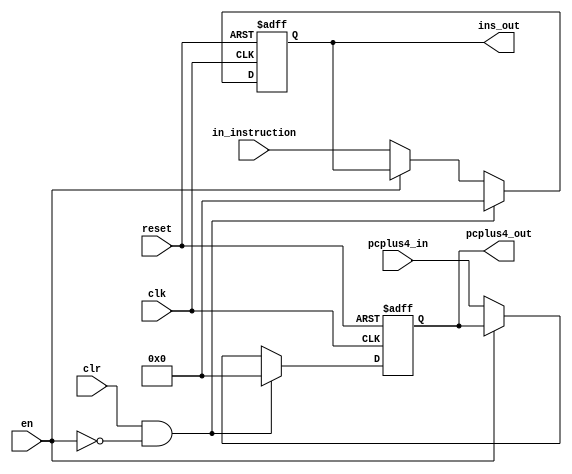
module Decode_Pipe_Reg
#(parameter ins_width=32)
(input clk,
input en,
input reset ,
input clr,
input [ins_width-1:0] in_instruction ,
input [ins_width-1:0] pcplus4_in,
output  reg [ins_width-1:0] ins_out,
output  reg [ins_width-1:0] pcplus4_out 
);
always @ (posedge clk, negedge reset ) begin
    if (!reset)begin
    ins_out<={ins_width{1'b0}};
    pcplus4_out<={ins_width{1'b0}};
    end
else if ((clr==1'b1)&&!en)begin
 ins_out<={ins_width{1'b0}};
 pcplus4_out<={ins_width{1'b0}};
end
else if (!en)begin
ins_out<=in_instruction;
pcplus4_out<=pcplus4_in;
end

end
endmodule